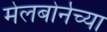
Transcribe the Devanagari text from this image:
मेलबोर्नच्या